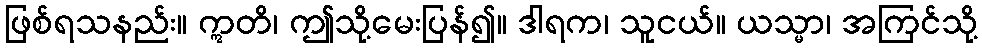
ဖြစ်ရသနည်း။ ဣတိ၊ ဤသို့မေးပြန်၍။ ဒါရက၊ သူငယ်။ ယသ္မာ၊ အကြင်သို့